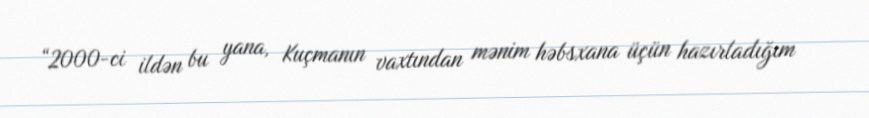
“2000-ci ildən bu yana, Kuçmanın vaxtından mənim həbsxana üçün hazırladığım